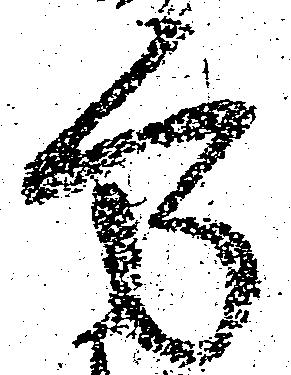
方